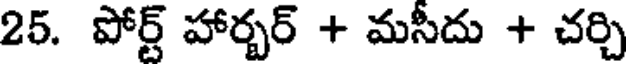
25. పోర్ట్ హార్బర్ + మసీదు + చర్చి